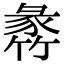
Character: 𥯵